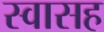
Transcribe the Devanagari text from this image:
स्‍वासह